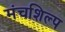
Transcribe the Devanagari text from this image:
मंचशिल्प